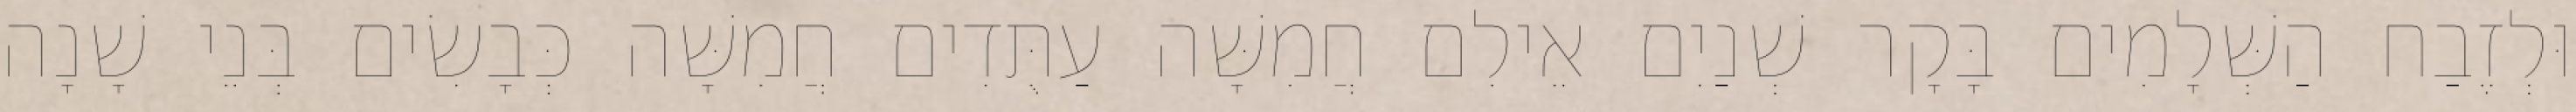
וּלְזֶבַח הַשְּׁלָמִים בָּקָר שְׁנַיִם אֵילִם חֲמִשָּׁה עַתֻּדִים חֲמִשָּׁה כְּבָשִׂים בְּנֵי שָׁנָה